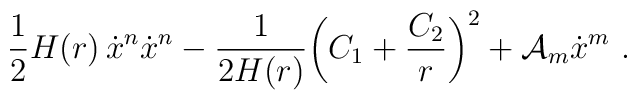
\frac{1}{2} H(r)\, \dot x^n \dot x^n -\frac{1}{2H(r)} \biggl( C_1 + \frac{C_2}{r} \biggr)^2+ {\cal A}_m \dot x^m \ .